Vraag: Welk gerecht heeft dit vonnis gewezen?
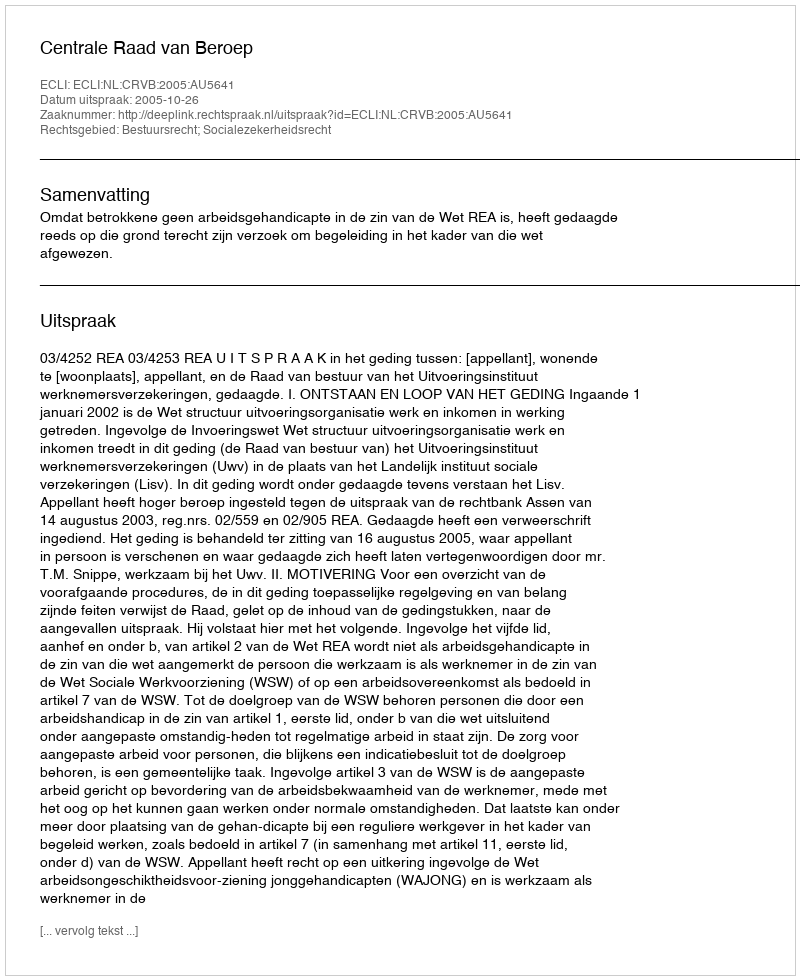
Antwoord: Centrale Raad van Beroep